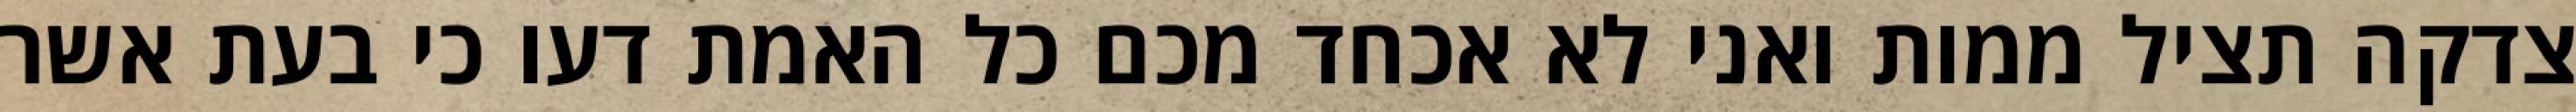
צדקה תציל ממות ואני לא אכחד מכם כל האמת דעו כי בעת אשר